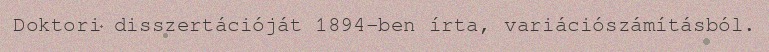
Doktori disszertációját 1894-ben írta, variációszámításból.